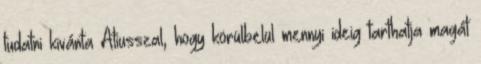
tudatni kivánta Atiusszal, hogy körülbelül mennyi ideig tarthatja magát